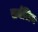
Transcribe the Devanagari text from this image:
सर्वलिन